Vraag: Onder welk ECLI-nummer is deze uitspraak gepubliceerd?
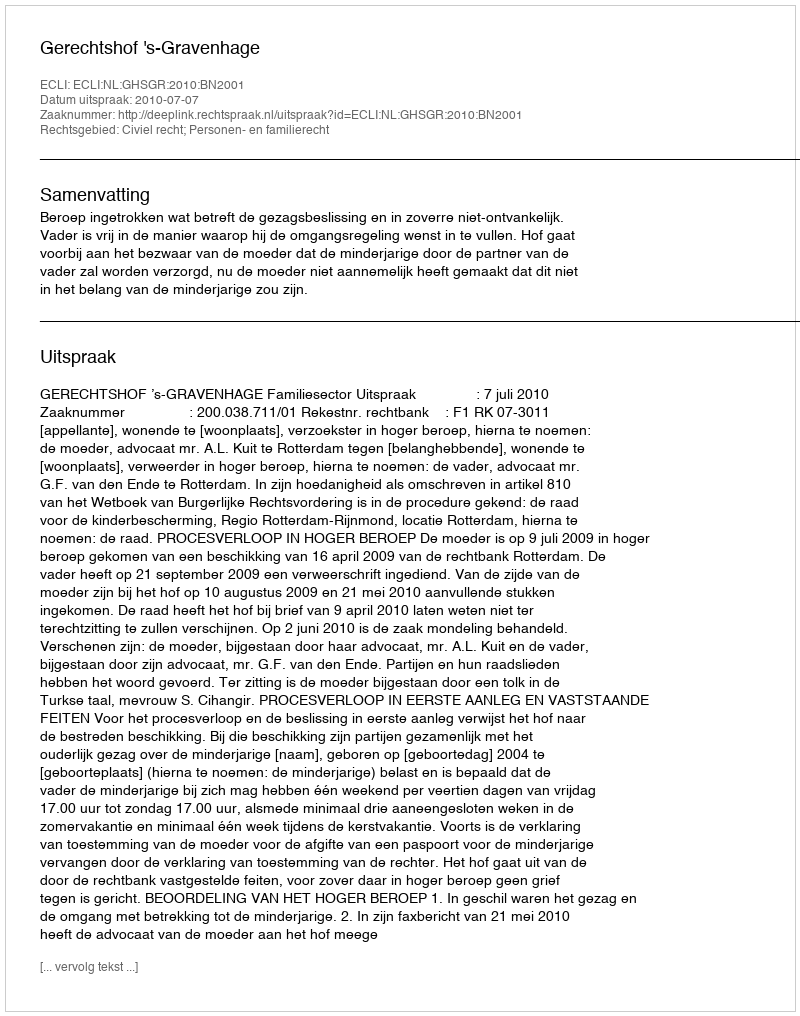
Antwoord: ECLI:NL:GHSGR:2010:BN2001